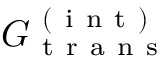
G _ { \mathrm { ~ t ~ r ~ a ~ n ~ s ~ } } ^ { \mathrm { ~ ( ~ i ~ n ~ t ~ ) ~ } }